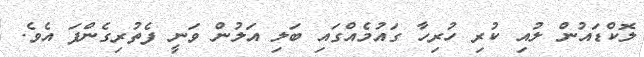
ލޮކްޑައުން ލުއި ކުރި ހުރިހާ ގައުމެއްގައި ބަލި އަލުން ވަނީ ފެތުރިގެންފަ އެވެ.